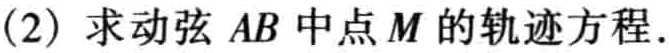
(2) 求动弦 \(AB\) 中点 \(M\) 的轨迹方程.